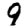
Digit: 9